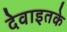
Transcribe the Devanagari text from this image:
देवाइतके